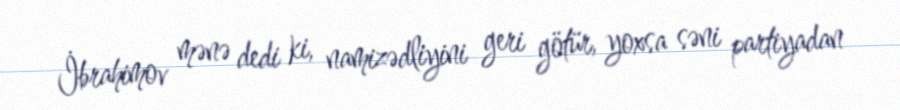
İbrahimov mənə dedi ki, namizədliyini geri götür, yoxsa səni partiyadan